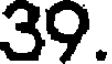
39.